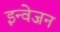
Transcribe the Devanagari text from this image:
इन्वेजन